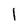
Character: 1